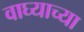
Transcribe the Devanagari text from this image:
वाघ्याच्या